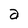
Character: a